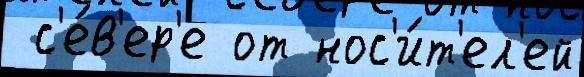
 с'е́в'ер'е от нос'и́т'ел'ей